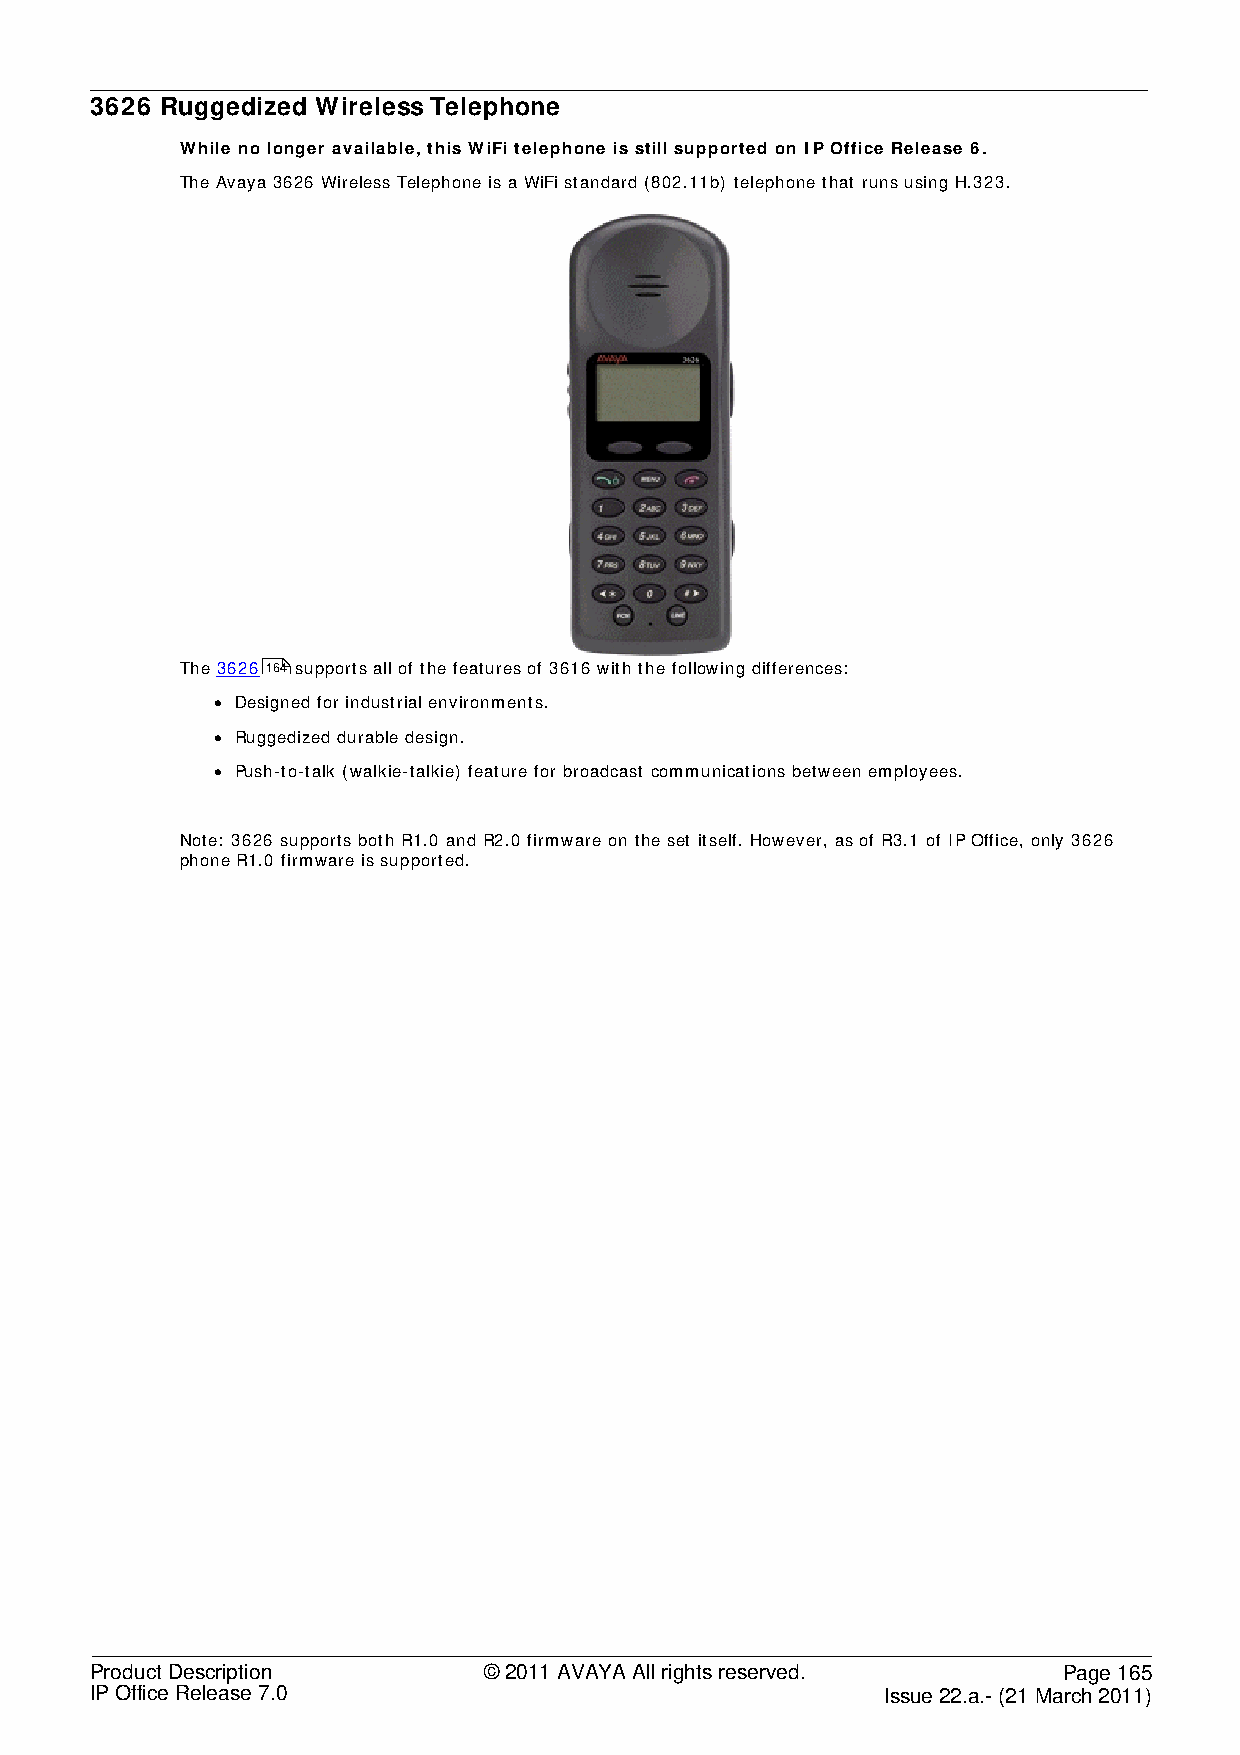
3626 Ruggedized Wireless Telephone
 While no longer available, this WiFi telephone is still supported on IP Office Release 6.
 The Avaya 3626 Wireless Telephone is a WiFi standard (802.11b) telephone that runs using H.323.
 The 3626 164 supports all of the features of 3616 with the following differences:
 • Designed for industrial environments.
 • Ruggedized durable design.
 • Push-to-talk (walkie-talkie) feature for broadcast communications between employees.
 Note: 3626 supports both R1.0 and R2.0 firmware on the set itself. However, as of R3.1 of IP Office, only 3626
 phone R1.0 firmware is supported.
 Product Description       © 2011 AVAYA All rights reserved.     Page 165
 IP Office Release 7.0                                Issue 22.a.- (21 March 2011)